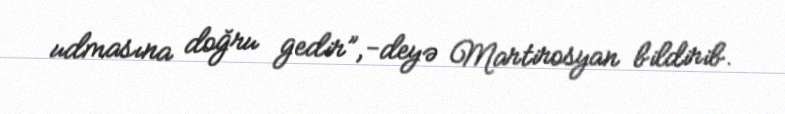
udmasına doğru gedir”,-deyə Martirosyan bildirib.